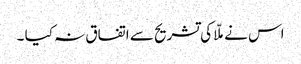
اس نے ملّا کی تشریح سے اتفاق نہ کیا ۔